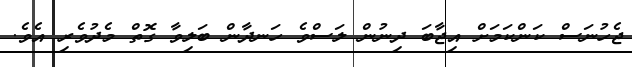
ޖެހުނަސް ކަންކަމަށް އިޖާބަ ދިނުން ލަސްވެ ހަނދާން ބަލިވާ ގޮތް މެދުވެރި އެވެ.